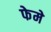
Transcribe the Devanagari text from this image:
फेमे